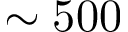
\sim 5 0 0